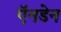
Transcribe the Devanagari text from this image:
ऍनडेन